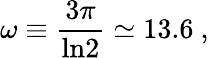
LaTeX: \omega\equiv{\frac{3\pi}{\mathrm{ln}2}}\simeq 13.6\ ,